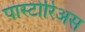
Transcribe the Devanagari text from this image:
पास्टोरिअस